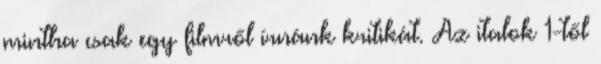
mintha csak egy filmről írnánk kritikát. Az italok 1-től